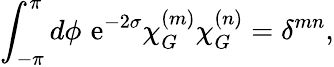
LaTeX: \int_{-\pi}^{\pi}d\phi\, \, \mathrm{e}^{-2\sigma}\chi_{G}^{(m)}\chi_{G}^{(n)}=\delta^{mn},